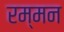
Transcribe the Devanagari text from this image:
रम्मन